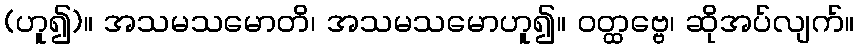
(ဟူ၍)။ အသမသမောတိ၊ အသမသမောဟူ၍။ ဝတ္ထဗ္ဗေ၊ ဆိုအပ်လျက်။